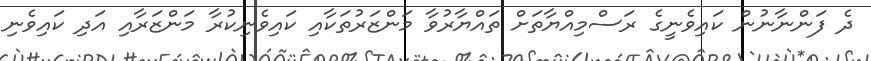
ދެ ފަންނާނުން ކައިވެނީގެ ރަސްމިއްޔާތަށް ތައްޔާރުވާ މަންޒަރުތަކާއި ކައިވެނިކުރާ މަންޒަރާއި އަދި ކައިވެނި